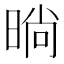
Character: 㫾